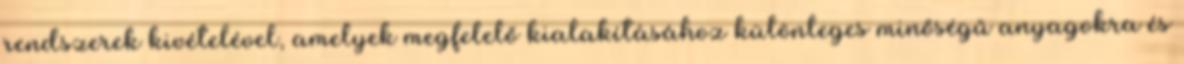
rendszerek kivételével, amelyek megfelelő kialakításához különleges minőségű anyagokra és